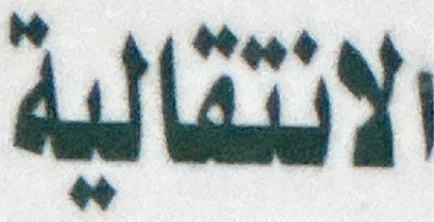
الانتقالية